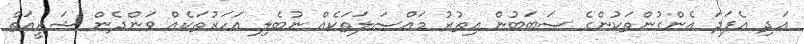
އަދި އެފަދަ އެންގުންތަކުންގެ ސަބަބުން އިތުރު މައްސަލަތަކެއް ނުބެލި އަހަރުތަކެއް ވަންދެން ޝަރީއަތް